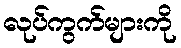
လုပ်ကွက်များကို